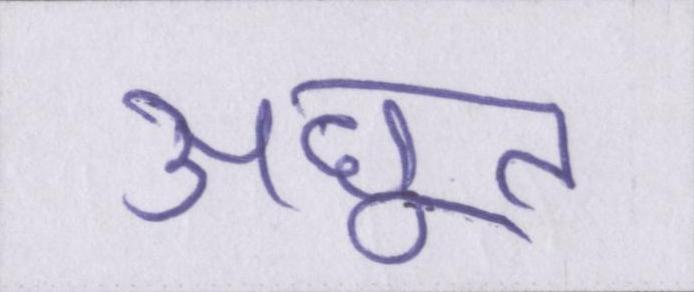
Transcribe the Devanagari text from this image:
अछूत